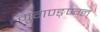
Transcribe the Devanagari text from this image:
म्रुगण्ङ्ण्ग्ल्